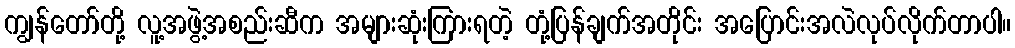
ကျွန်တော်တို့ လူ့အဖွဲ့အစည်းဆီက အများဆုံးကြားရတဲ့ တုံ့ပြန်ချက်အတိုင်း အပြောင်းအလဲလုပ်လိုက်တာပါ။